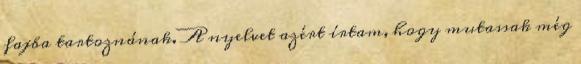
fajba tartoznának. A nyelvet azért írtam, hogy mutassak még